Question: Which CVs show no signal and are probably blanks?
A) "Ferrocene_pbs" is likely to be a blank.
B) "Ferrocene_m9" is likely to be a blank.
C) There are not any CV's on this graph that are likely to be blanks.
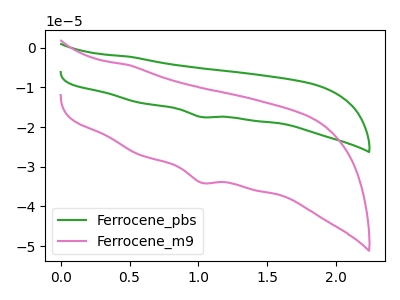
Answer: <think>The green curve "Ferrocene_pbs" has a cathodic peak at: (1.00V, -17.45uA). The pink curve "Ferrocene_m9" has a cathodic peak at: (1.00V, -34.00uA).</think>
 <answer>C) There are not any CV's on this graph that are likely to be blanks.</answer>
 <eval>C</eval>